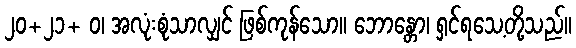
၂၀+၂၁+ ဝ၊ အလုံးစုံသာလျှင် ဖြစ်ကုန်သော။ ဘောန္တော၊ ရှင်ရသေ့တို့သည်။